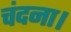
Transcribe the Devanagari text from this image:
चंदना।